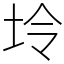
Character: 坽